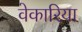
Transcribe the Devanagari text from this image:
वेकारिया